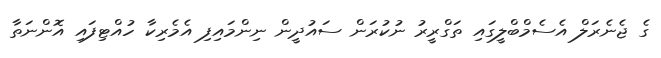
ގެ ޖެނެރަލް އެސެމްބްލީގައި ތަގްރީރު ނުކުރަން ސައުދީން ނިންމައިފި އެމެރިކާ ހުއްޓިފައި އޮންނަތާ